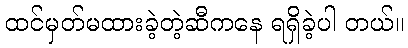
ထင်မှတ်မထားခဲ့တဲ့ဆီကနေ ရရှိခဲ့ပါ တယ်။